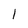
Character: l